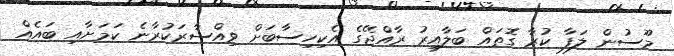
މޫސުން ލަފާ ކުރާ ގޮތައް ބަލާއިރު ރާއްޖޭގެ އެކިހިސާބަށް ވިއްސާރަކުރާނެ ކަމަށާއި ބައެއް